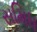
સમિધ